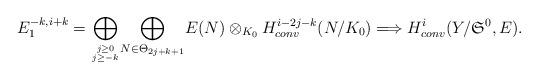
LaTeX: \begin{align*}E_1^{-k,i+k}=\underset{j\ge0\atop j\ge -k}\bigoplus\underset{N\in\Theta_{2j+k+1}}\bigoplus E(N)\otimes_{K_0}H_{conv}^{i-2j-k}(N/K_0)\Longrightarrow H_{conv}^i(Y/{\mathfrak S}^{0},E).\end{align*}